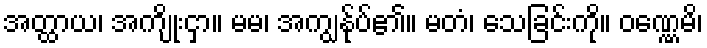
အတ္ထာယ၊ အကျိုးငှာ။ မမ၊ အကျွန်ုပ်၏။ မတံ၊ သေခြင်းကို။ ဝဏ္ဏေမိ၊